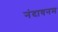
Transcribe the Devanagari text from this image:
नंदावनम